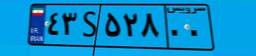
۴۳S۵۲۸۰۰